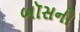
બૉસનો